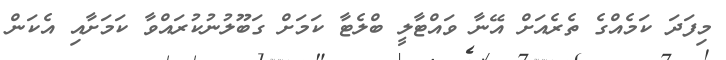
މިފަދަ ކަމެއްގެ ތެރެއަށް އޭނާ ވައްޓާލީ ބްލެޓާ ކަމަށް ގަބޫލުނުކުރައްވާ ކަމަށާއި އެކަން